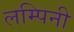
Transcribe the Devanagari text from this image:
लम्पिनी